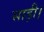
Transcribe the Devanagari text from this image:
साड़ी।